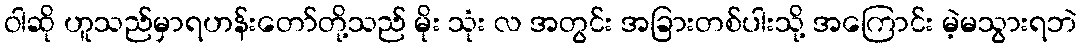
ဝါဆို ဟူသည်မှာရဟန်းတော်တို့သည် မိုး သုံး လ အတွင်း အခြားတစ်ပါးသို့ အကြောင်း မဲ့မသွားရဘဲ